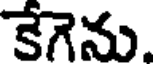
కేగెను.